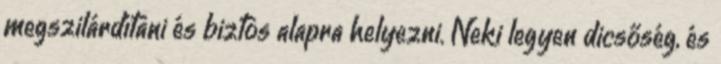
megszilárdítani és biztos alapra helyezni. Neki legyen dicsőség, és